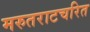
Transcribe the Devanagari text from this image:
मरुतराटचरित